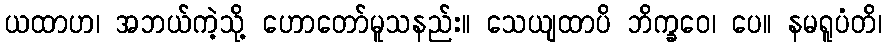
ယထာဟ၊ အဘယ်ကဲ့သို့ ဟောတော်မူသနည်း။ သေယျထာပိ ဘိက္ခဝေ၊ ပေ။ နမရူပံတိ၊